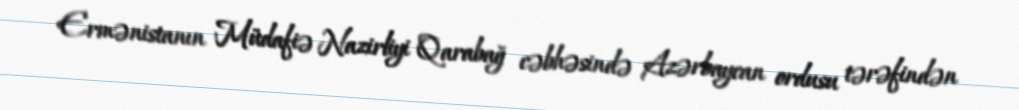
Ermənistanın Müdafiə Nazirliyi Qarabağ cəbhəsində Azərbaycan ordusu tərəfindən